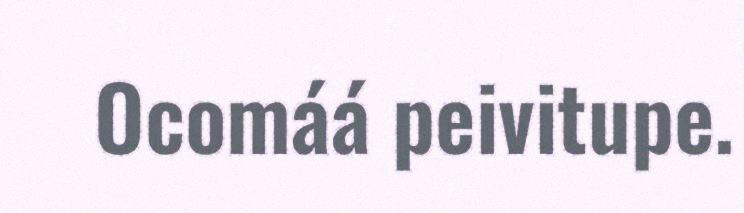
Ocomáá peivitupe.